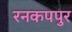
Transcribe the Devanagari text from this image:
रनकपपुर